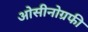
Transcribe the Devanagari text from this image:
ओसीनोग्रफी